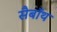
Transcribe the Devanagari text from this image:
सैबॉथ